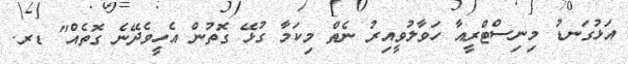
އަޅުގަނޑު މިނިސްޓްރީއާ ހަވާލުވީއިރު ނެތް މިކަމާ ގުޅޭ ގޮތުން އެހީވެދޭނެ ގޮތެއް" ޑރ.